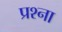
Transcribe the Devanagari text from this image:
प्रश्ना